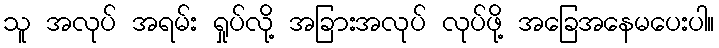
သူ အလုပ် အရမ်း ရှုပ်လို့ အခြားအလုပ် လုပ်ဖို့ အခြေအနေမပေးပါ။